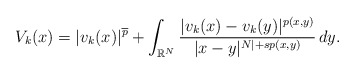
\begin{align*}V_k(x)= |v_k(x)|^{{\overline{p}}}+\int_{\mathbb{R}^{N}}\frac{|v_k(x)-v_k(y)|^{p(x,y)}}{|x-y|^{N|+sp(x,y)}}\,dy. \end{align*}